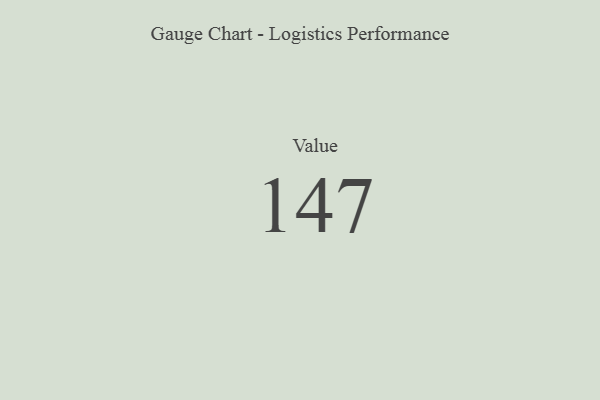
{"axis": {"x": "Metric", "y": "Value"}, "legend": [""], "data": [{"x": "Value", "y": 147, "type": ""}]}